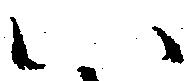
い